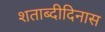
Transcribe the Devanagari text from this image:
शताब्दीदिनास